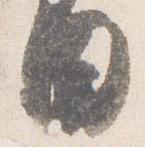
日